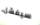
سيفشل